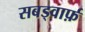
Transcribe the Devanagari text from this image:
सबड्वार्फ़